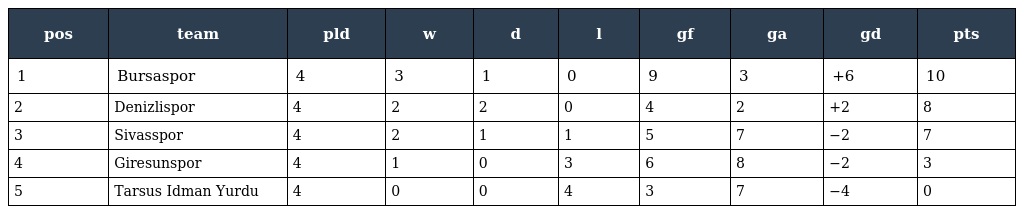
| pos | team | pld | w | d | l | gf | ga | gd | pts |
 | --- | --- | --- | --- | --- | --- | --- | --- | --- | --- |
 | 1 | Bursaspor | 4 | 3 | 1 | 0 | 9 | 3 | +6 | 10 |
 | 2 | Denizlispor | 4 | 2 | 2 | 0 | 4 | 2 | +2 | 8 |
 | 3 | Sivasspor | 4 | 2 | 1 | 1 | 5 | 7 | −2 | 7 |
 | 4 | Giresunspor | 4 | 1 | 0 | 3 | 6 | 8 | −2 | 3 |
 | 5 | Tarsus Idman Yurdu | 4 | 0 | 0 | 4 | 3 | 7 | −4 | 0 |